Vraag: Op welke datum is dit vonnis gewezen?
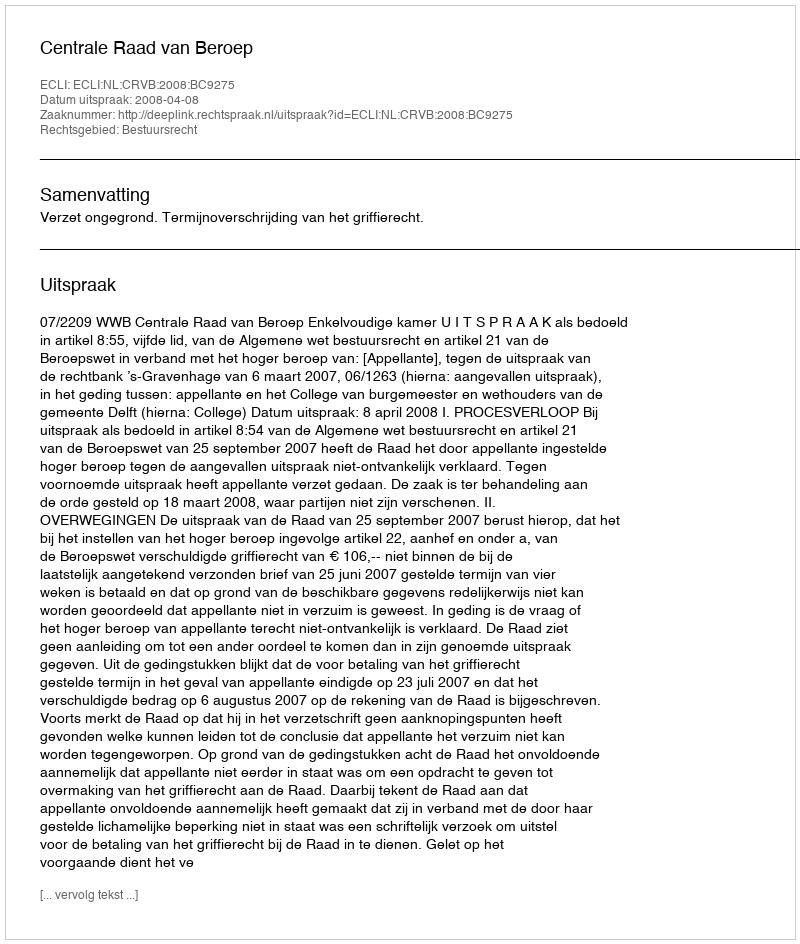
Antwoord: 2008-04-08